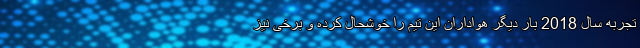
تجربه سال 2018 بار دیگر هواداران این تیم را خوشحال کرده و برخی نیز